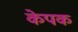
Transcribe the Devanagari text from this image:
केपक